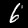
Label: 6